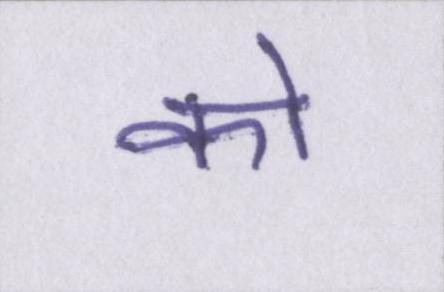
को